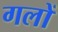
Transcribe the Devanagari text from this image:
गलों